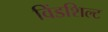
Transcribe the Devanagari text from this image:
विंडशिल्ट